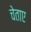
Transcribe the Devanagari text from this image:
चेताए